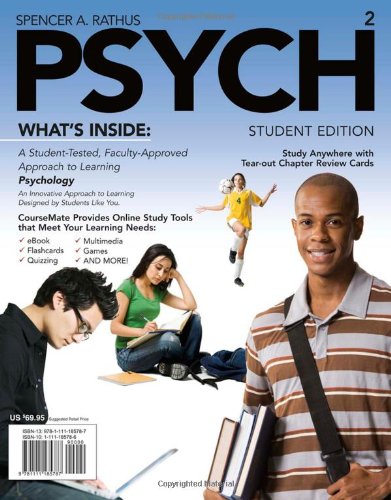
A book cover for PSYCH (with Review Cards, CourseMate Printed Access Card) (Engaging 4ltr Press Titles in Psychology); Spencer A. Rathus; Medical Books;